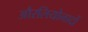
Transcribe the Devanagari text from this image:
औरलियोनार्दो